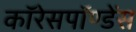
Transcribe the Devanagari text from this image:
कॉरेसपॉण्डेंस